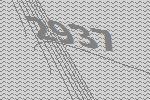
2937